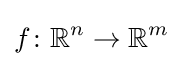
f\colon \mathbb {R} ^{n}\to \mathbb {R} ^{m}